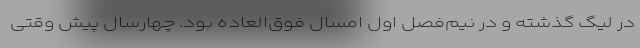
در لیگ گذشته و در نیم‌فصل اول امسال فوق‌العاده بود. چهارسال پیش وقتی